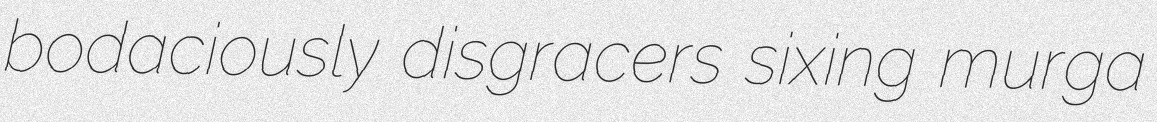
bodaciously disgracers sixing murga